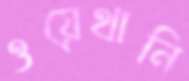
ওয়েথানি